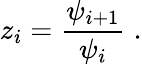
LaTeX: z_{i}=\frac{\psi_{i+1}}{\psi_{i}}\; .